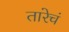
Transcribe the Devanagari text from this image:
तारेचं